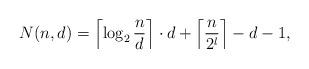
LaTeX: \begin{align*}N(n,d)={\left\lceil\log_2{\frac{n}{d}}\right\rceil\cdot d}+{\left\lceil\frac{n}{2^l}\right\rceil-d-1},\end{align*}